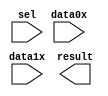
// megafunction wizard: %LPM_MUX%VBB%
// GENERATION: STANDARD
// VERSION: WM1.0
// MODULE: lpm_mux 

// ============================================================
// Megafunction Name(s):
// 			lpm_mux
//
// Simulation Library Files(s):
// 			lpm
// ============================================================
// ************************************************************
// THIS IS A WIZARD-GENERATED FILE. DO NOT EDIT THIS FILE!
//
// 9.1 Build 350 03/24/2010 SP 2 SJ Web Edition
// ************************************************************

//Copyright (C) 1991-2010 Altera Corporation
//Your use of Altera Corporation's design tools, logic functions 
//and other software and tools, and its AMPP partner logic 
//functions, and any output files from any of the foregoing 
//(including device programming or simulation files), and any 
//associated documentation or information are expressly subject 
//to the terms and conditions of the Altera Program License 
//Subscription Agreement, Altera MegaCore Function License 
//Agreement, or other applicable license agreement, including, 
//without limitation, that your use is for the sole purpose of 
//programming logic devices manufactured by Altera and sold by 
//Altera or its authorized distributors.  Please refer to the 
//applicable agreement for further details.

module counter_bus_mux (
	data0x,
	data1x,
	sel,
	result);

	input	[3:0]  data0x;
	input	[3:0]  data1x;
	input	  sel;
	output	[3:0]  result;

endmodule

// ============================================================
// CNX file retrieval info
// ============================================================
// Retrieval info: PRIVATE: INTENDED_DEVICE_FAMILY STRING "Cyclone II"
// Retrieval info: PRIVATE: SYNTH_WRAPPER_GEN_POSTFIX STRING "0"
// Retrieval info: CONSTANT: LPM_SIZE NUMERIC "2"
// Retrieval info: CONSTANT: LPM_TYPE STRING "LPM_MUX"
// Retrieval info: CONSTANT: LPM_WIDTH NUMERIC "4"
// Retrieval info: CONSTANT: LPM_WIDTHS NUMERIC "1"
// Retrieval info: USED_PORT: data0x 0 0 4 0 INPUT NODEFVAL data0x[3..0]
// Retrieval info: USED_PORT: data1x 0 0 4 0 INPUT NODEFVAL data1x[3..0]
// Retrieval info: USED_PORT: result 0 0 4 0 OUTPUT NODEFVAL result[3..0]
// Retrieval info: USED_PORT: sel 0 0 0 0 INPUT NODEFVAL sel
// Retrieval info: CONNECT: result 0 0 4 0 @result 0 0 4 0
// Retrieval info: CONNECT: @data 0 0 4 4 data1x 0 0 4 0
// Retrieval info: CONNECT: @data 0 0 4 0 data0x 0 0 4 0
// Retrieval info: CONNECT: @sel 0 0 1 0 sel 0 0 0 0
// Retrieval info: LIBRARY: lpm lpm.lpm_components.all
// Retrieval info: GEN_FILE: TYPE_NORMAL counter_bus_mux.v TRUE
// Retrieval info: GEN_FILE: TYPE_NORMAL counter_bus_mux.inc FALSE
// Retrieval info: GEN_FILE: TYPE_NORMAL counter_bus_mux.cmp TRUE
// Retrieval info: GEN_FILE: TYPE_NORMAL counter_bus_mux.bsf TRUE FALSE
// Retrieval info: GEN_FILE: TYPE_NORMAL counter_bus_mux_inst.v FALSE
// Retrieval info: GEN_FILE: TYPE_NORMAL counter_bus_mux_bb.v TRUE
// Retrieval info: LIB_FILE: lpm